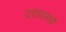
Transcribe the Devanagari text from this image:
दरायसचे